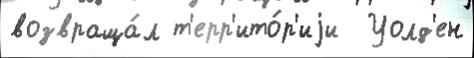
возвраща́л т'ерр'ито́р'иjи  Уолд'ен